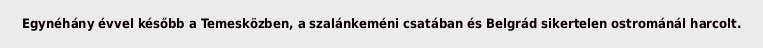
Egynéhány évvel később a Temesközben, a szalánkeméni csatában és Belgrád sikertelen ostrománál harcolt.